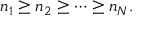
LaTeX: n _ { 1 } \ge n _ { 2 } \ge \cdots \ge n _ { N } .